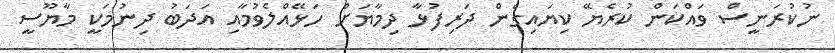
ނުކުރަނީސް ވައްކަން ކުރެޔޭ ކިޔައިގެން ދަރިފުޅާ ދިމާޔަށް ހަޅޭއްލެވުމާއި އަދަބު ދިނުމަކީ މާޔޫސީ